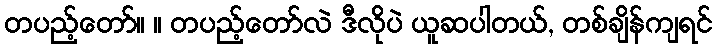
တပည့်တော်။ ။ တပည့်တော်လဲ ဒီလိုပဲ ယူဆပါတယ်, တစ်ချိန်ကျရင်